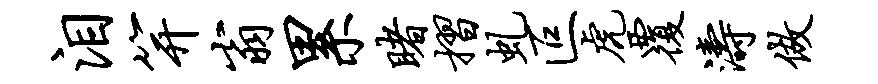
泪笄翁累睹摺虬叵虎覆涛做